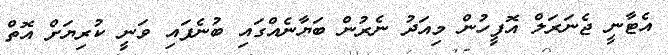
އެޓާނީ ޖެނަރަލް އޮފީހުން މިއަދު ނެރުން ބަޔާނެއްގައި ބުނެފައި ވަނީ ކުރިޔަށް އޮތް